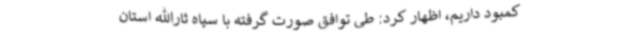
کمبود داریم، اظهار کرد: طی توافق صورت گرفته با سپاه ثارالله استان